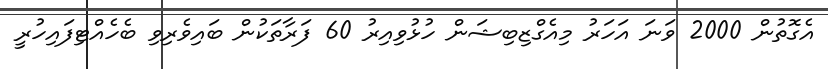
އެގޮތުން 2000 ވަނަ އަހަރު މިއެގްޒިބިޝަން ހުޅުވިއިރު 60 ފަރާތަކުން ބައިވެރިވި ބެހެއްޓިފައިހުރީ